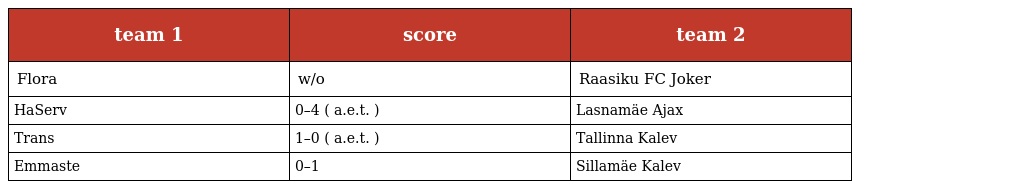
| team 1 | score | team 2 |
 | --- | --- | --- |
 | Flora | w/o | Raasiku FC Joker |
 | HaServ | 0–4 ( a.e.t. ) | Lasnamäe Ajax |
 | Trans | 1–0 ( a.e.t. ) | Tallinna Kalev |
 | Emmaste | 0–1 | Sillamäe Kalev |